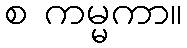
စ ကမ္မကာ။